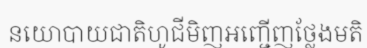
នយោបាយជាតិហូជីមិញអញ្ជើញថ្លែងមតិ